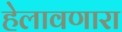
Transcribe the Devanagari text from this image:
हेलावणारा